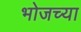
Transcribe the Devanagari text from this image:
भोजच्या